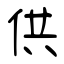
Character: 供